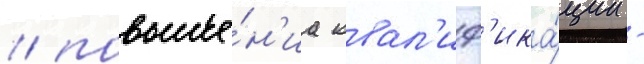
/ повыше́н'иа квал'иф'ика́ции -